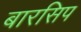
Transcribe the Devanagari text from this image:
बारसिप